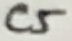
Text: C5